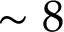
\sim 8